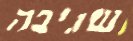
שגיבה